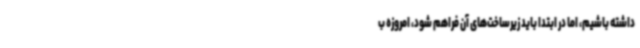
داشته باشیم، اما در ابتدا باید زیرساخت‌های آن فراهم شود، امروزه ب